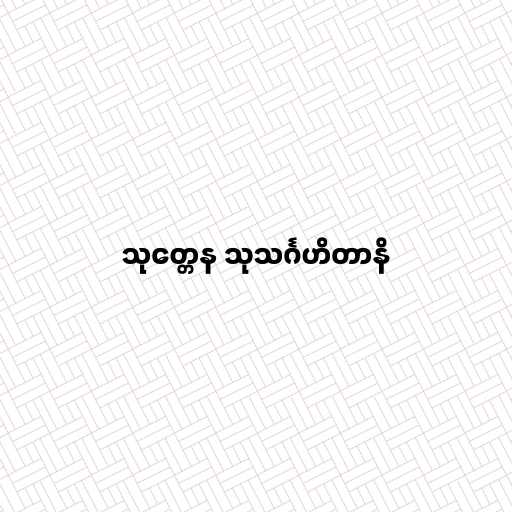
သုတ္တေန သုသင်္ဂဟိတာနိ